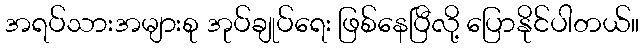
အရပ်သားအများစု အုပ်ချုပ်ရေး ဖြစ်နေပြီလို့ ပြောနိုင်ပါတယ်။